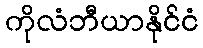
ကိုလံဘီယာနိုင်ငံ